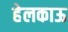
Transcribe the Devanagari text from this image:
हेलकाऊ